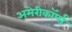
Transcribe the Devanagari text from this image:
अमेरीकॉर्प्स